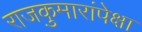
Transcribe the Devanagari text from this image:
राजकुमारांपेक्षा